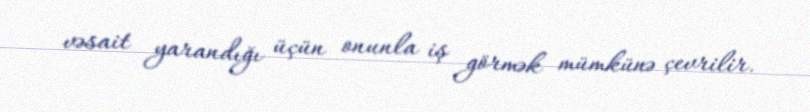
vəsait yarandığı üçün onunla iş görmək mümkünə çevrilir.